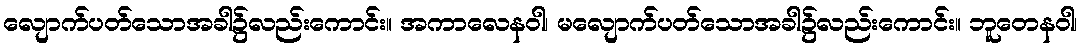
လျောက်ပတ်သောအခါ၌လည်းကောင်း။ အကာလေနဝါ၊ မလျောက်ပတ်သောအခါ၌လည်းကောင်း။ ဘူတေနဝါ၊